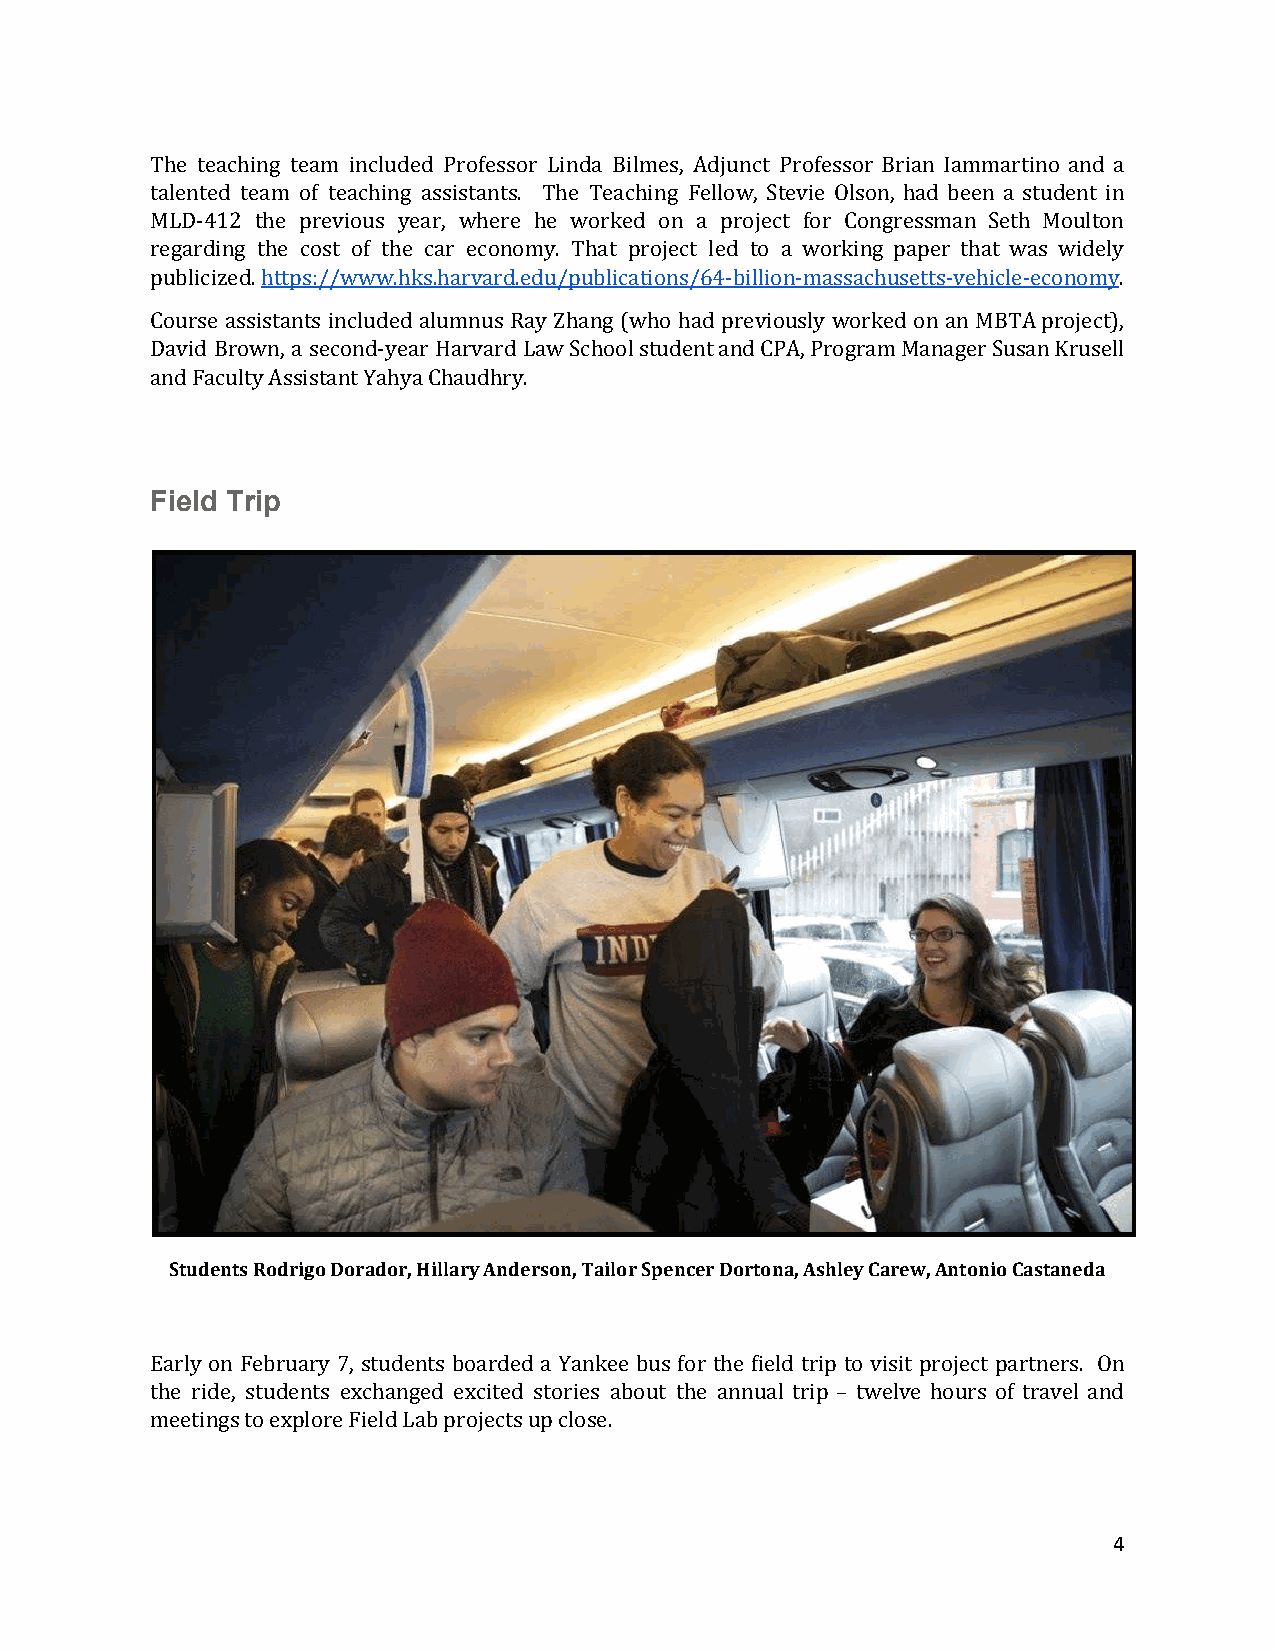
The teaching team included Professor Linda Bilmes, Adjunct Professor Brian Iammartino and a
 talented team of teaching assistants. The Teaching Fellow, Stevie Olson, had been a student in
 MLD-412 the previous year, where he worked on a project for Congressman Seth Moulton
 regarding the cost of the car economy. That project led to a working paper that was widely
 publicized. https://www.hks.harvard.edu/publications/64-billion-massachusetts-vehicle-economy.
 ​                                                        ​
 Course assistants included alumnus Ray Zhang (who had previously worked on an MBTA project),
 David Brown, a second-year Harvard Law School student and CPA, Program Manager Susan Krusell
 and Faculty Assistant Yahya Chaudhry.
 Field Trip
 Students Rodrigo Dorador, Hillary Anderson, Tailor Spencer Dortona, Ashley Carew, Antonio Castaneda
 Early on February 7, students boarded a Yankee bus for the field trip to visit project partners. On
 the ride, students exchanged excited stories about the annual trip – twelve hours of travel and
 meetings to explore Field Lab projects up close.
 4